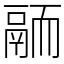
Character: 𩰴